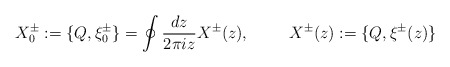
\begin{align*}X^{\pm}_0 := \{ Q , \xi^{\pm}_0 \} = \oint \frac{dz}{2\pi i z} X^{\pm} (z),\hspace{1cm} X^{\pm} (z) := \{Q,\xi^{\pm} (z)\}\end{align*}